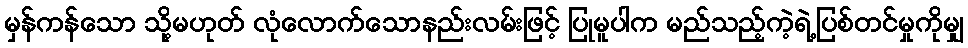
မှန်ကန်သော သို့မဟုတ် လုံလောက်သောနည်းလမ်းဖြင့် ပြုမူပါက မည်သည့်ကဲ့ရဲ့ပြစ်တင်မှုကိုမျှ